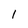
Character: 1